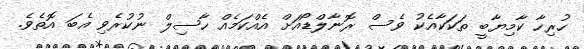
ހުރިހާ ކާމިޔާބީ ތަކަކާއެކު ވެސް ރޮނާލްޑޯއަށް އެއްކަމެއް ހާސިލް ނުކުރެވި އެބަ އޮތެވެ.